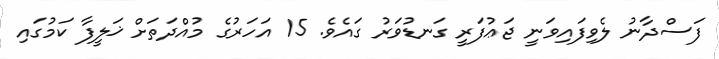
ފަސްދާނު ލެވިފައިވަނީ ޖަޢުފަރީ ގަނޑުވަރު ގައެވެ. 15 އަހަރުގެ މުއްދަތަށް ޚަލީފާ ކަމުގައި